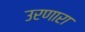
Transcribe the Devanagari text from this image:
उरणारा